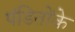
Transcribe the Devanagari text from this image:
पंडितोंके